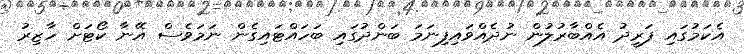
އެކަމުގައި ފަރީދު އެއްބާރުލުން ނުދެއްވައިފިނަމަ ބަންދުގައި ބަހައްޓައިގެން ނަމަވެސް އޭނާ ކޯޓަށް ހާޒިރު